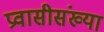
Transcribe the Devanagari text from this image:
प्रवासीसंख्या